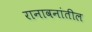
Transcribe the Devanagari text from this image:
रानावनांतील